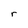
Character: r